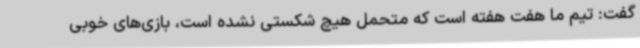
گفت: تیم ما هفت هفته است که متحمل هیچ شکستی نشده است، بازی‌های خوبی